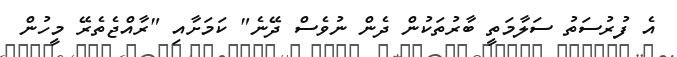
އެ ފުރުސަތު ސަލާމަތީ ބާރުތަކުން ދެން ނުވެސް ދޭނެ" ކަމަށާއި "ރާއްޖެތެރޭ މީހުން